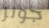
جونز